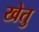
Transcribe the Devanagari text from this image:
खेतु